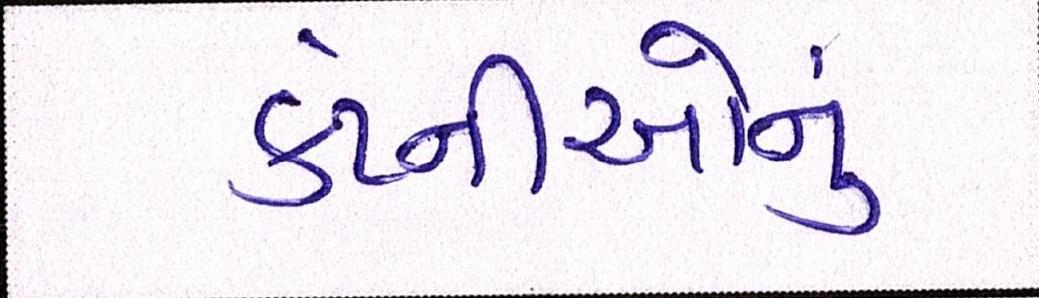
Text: કંપ્નીઓનું